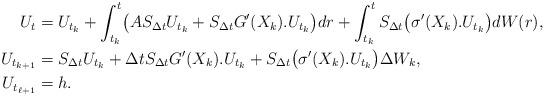
LaTeX: \begin{align*}U_t&=U_{t_k}+\int_{t_k}^{t}\bigl(AS_{\Delta t}U_{t_k}+S_{\Delta t}G'(X_k).U_{t_k}\bigr)dr+\int_{t_k}^{t}S_{\Delta t}\bigl(\sigma'(X_k).U_{t_k}\bigr)dW(r),\\U_{t_{k+1}}&=S_{\Delta t}U_{t_k}+\Delta tS_{\Delta t}G'(X_k).U_{t_k}+S_{\Delta t}\bigl(\sigma'(X_k).U_{t_k}\bigr)\Delta W_k,\\U_{t_{\ell+1}}&=h.\end{align*}